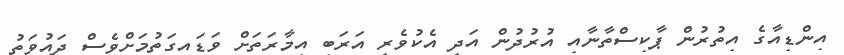
އިންޑިއާގެ އިތުރުން ޕާކިސްތާނާއި އުުރުދުން އަދި އެކުވެރި އަރަބި އިމާރަތަށް ވަޑައިގަތުމަށްވެސް ދައުވަތު